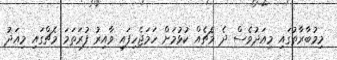
މިމުބާރާތުގައި މިއަދުވެސް ދެ މެޗެއް ކުޅުމަށް ހަމަޖެހިފައި ވާއިރު ފުރަތަމަ މެޗްގައި މިއަދު